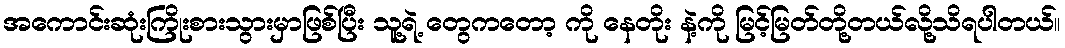
အကောင်းဆုံးကြိုးစားသွားမှာဖြစ်ပြီး သူ့ရဲ့ တွေကတော့ ကို နေတိုး နဲ့ကို မြင့်မြတ်တို့တယ်လို့သိရပါတယ်။